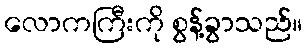
လောကကြီးကို စွန့်ခွာသည်။